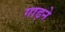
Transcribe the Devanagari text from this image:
गाढ़ने